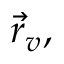
{ \vec { r } } _ { v } ,